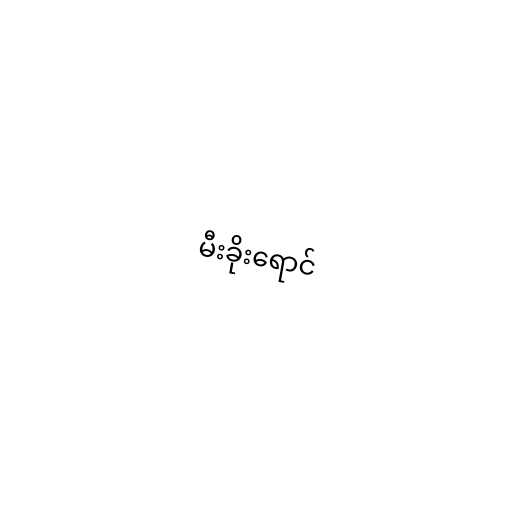
မီးခိုးရောင်